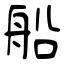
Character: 船